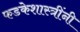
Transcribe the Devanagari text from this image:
फडकेशास्त्रींनी